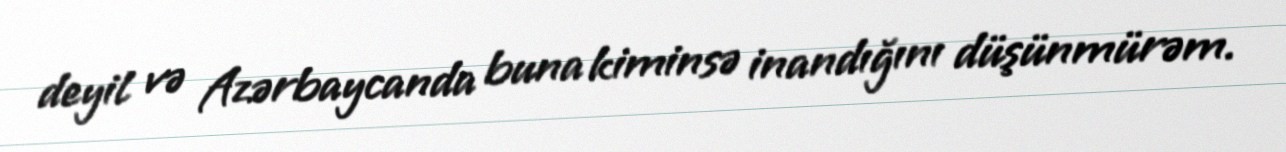
deyil və Azərbaycanda buna kiminsə inandığını düşünmürəm.